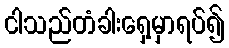
ငါသည်တံခါးရှေ့မှာရပ်၍